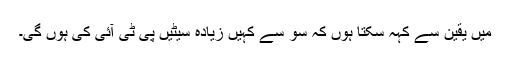
میں یقین سے کہہ سکتا ہوں کہ سو سے کہیں زیادہ سیٹیں پی ٹی آئی کی ہوں گی۔